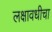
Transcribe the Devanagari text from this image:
लक्षावधीचा